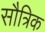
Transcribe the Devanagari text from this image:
सौत्रिक